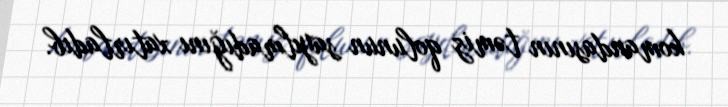
komandasının təmiz qolunun sayılmadığını xatırladıb.